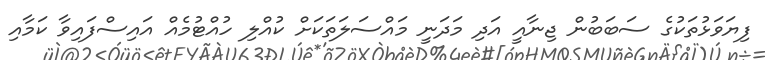
ފިޔަވަޅުތަކުގެ ސަބަބުން ޖިނާއީ އަދި މަދަނީ މައްސަލަތަކަށް ކުއްލި ހުއްޓުމެއް އައިސްފައިވާ ކަމާއި